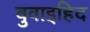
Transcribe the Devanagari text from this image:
बुवाइहिद